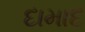
દામાદ